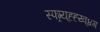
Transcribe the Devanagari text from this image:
स्फ्ग्र्य्ह्ह्य्व्४ग